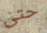
حتى